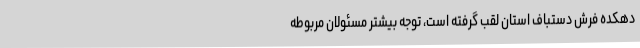
دهکده‌ فرش دستباف استان لقب گرفته‌ است، توجه بیشتر مسئولان مربوطه